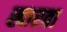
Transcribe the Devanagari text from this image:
खारवा